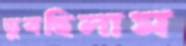
ডুবছিলাম